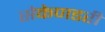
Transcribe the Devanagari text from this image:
सेकेणडरी